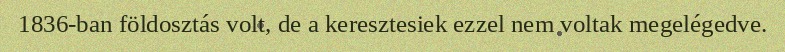
1836-ban földosztás volt, de a keresztesiek ezzel nem voltak megelégedve.